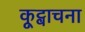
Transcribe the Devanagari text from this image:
कूट्वाचना